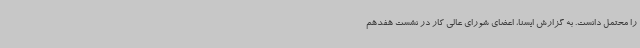
را محتمل دانست. به گزارش ایسنا، اعضای شورای عالی کار در نشست هفدهم